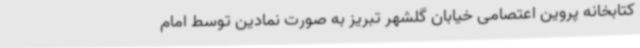
کتابخانه پروین اعتصامی خیابان گلشهر تبریز به صورت نمادین توسط امام